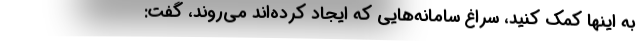
به اینها کمک کنید، سراغ سامانه‌هایی که ایجاد کرده‌اند می‌روند، گفت: